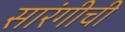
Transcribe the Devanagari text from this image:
सारंगीची